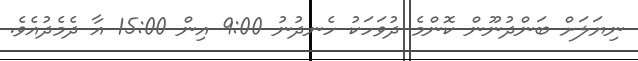
ނިޔަލަށް ބަންދުނޫން ކޮންމެ ދުވަހަކު ހެނދުނު 9:00 އިން 15:00 އާ ދެމެދުއެވެ.